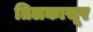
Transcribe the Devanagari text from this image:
तिलकासूर